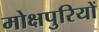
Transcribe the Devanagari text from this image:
मोक्षपुरियों